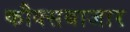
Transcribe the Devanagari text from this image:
कौक्सबाजार